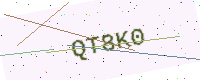
Text: QT8K0